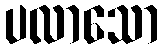
ပလာသော